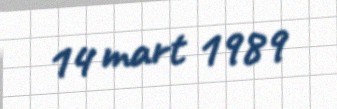
14 mart 1989